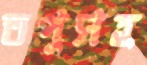
তপুসহ